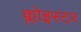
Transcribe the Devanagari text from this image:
क्लोइस्टर